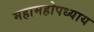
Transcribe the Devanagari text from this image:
महामहोपध्याय